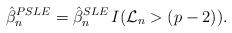
LaTeX: \begin{align*}\hat{\beta}_n^{PSLE} = \hat{\beta}_n^{SLE} \, I(\mathcal{L}_n > (p-2)).\end{align*}